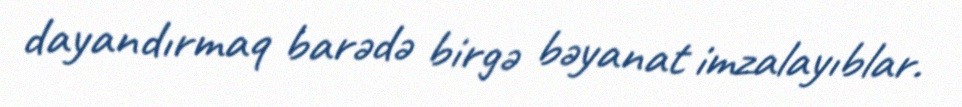
dayandırmaq barədə birgə bəyanat imzalayıblar.